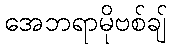
အေဘရာမိုဗစ်ချ်